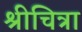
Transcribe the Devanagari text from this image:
श्रीचित्रा